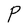
Character: P